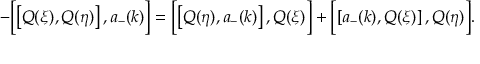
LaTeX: - \Bigl [ \left[ Q ( \xi ) , Q ( \eta ) \right] , a _ { - } ( k ) \Bigr ] = \Bigl [ \left[ Q ( \eta ) , a _ { - } ( k ) \right] , Q ( \xi ) \Bigr ] + \Bigl [ \left[ a _ { - } ( k ) , Q ( \xi ) \right] , Q ( \eta ) \Bigr ] .